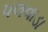
પલવાડા